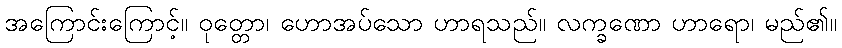
အကြောင်းကြောင့်။ ဝုတ္တော၊ ဟောအပ်သော ဟာရသည်။ လက္ခဏော ဟာရော၊ မည်၏။